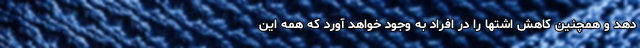
دهد و همچنین کاهش اشتها را در افراد به وجود خواهد آورد که همه این